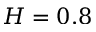
H = 0 . 8